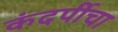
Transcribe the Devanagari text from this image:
कंदर्पीचा